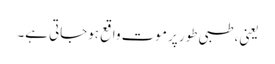
یعنی، طبی طور پر موت واقع ہوجاتی ہے۔